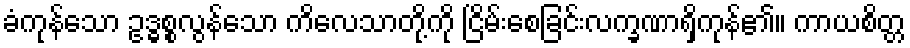
ခံကုန်သော ဥဒ္ဓစ္စလွန်သော ကိလေသာတို့ကို ငြိမ်းစေခြင်းလက္ခဏာရှိကုန်၏။ ကာယစိတ္တ